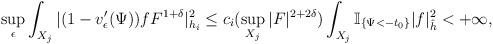
LaTeX: \begin{align*}\sup_{\epsilon}\int_{X_j}|(1-v'_{\epsilon}(\Psi))fF^{1+\delta}|_{h_i}^2\le c_i(\sup_{X_j}|F|^{2+2\delta}) \int_{X_j}\mathbb{I}_{\{\Psi<-t_0\}}|f|_{\hat{h}}^2<+\infty,\end{align*}